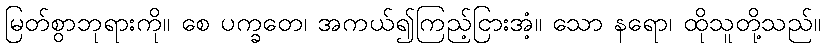
မြတ်စွာဘုရားကို။ စေ ပက္ခတေ၊ အကယ်၍ကြည့်ငြားအံ့။ သော နရော၊ ထိုသူတို့သည်။